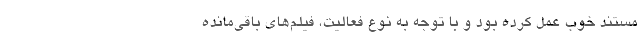
مستند خوب عمل کرده بود و با توجه به نوع فعالیت، فیلم‌های باقی‌مانده